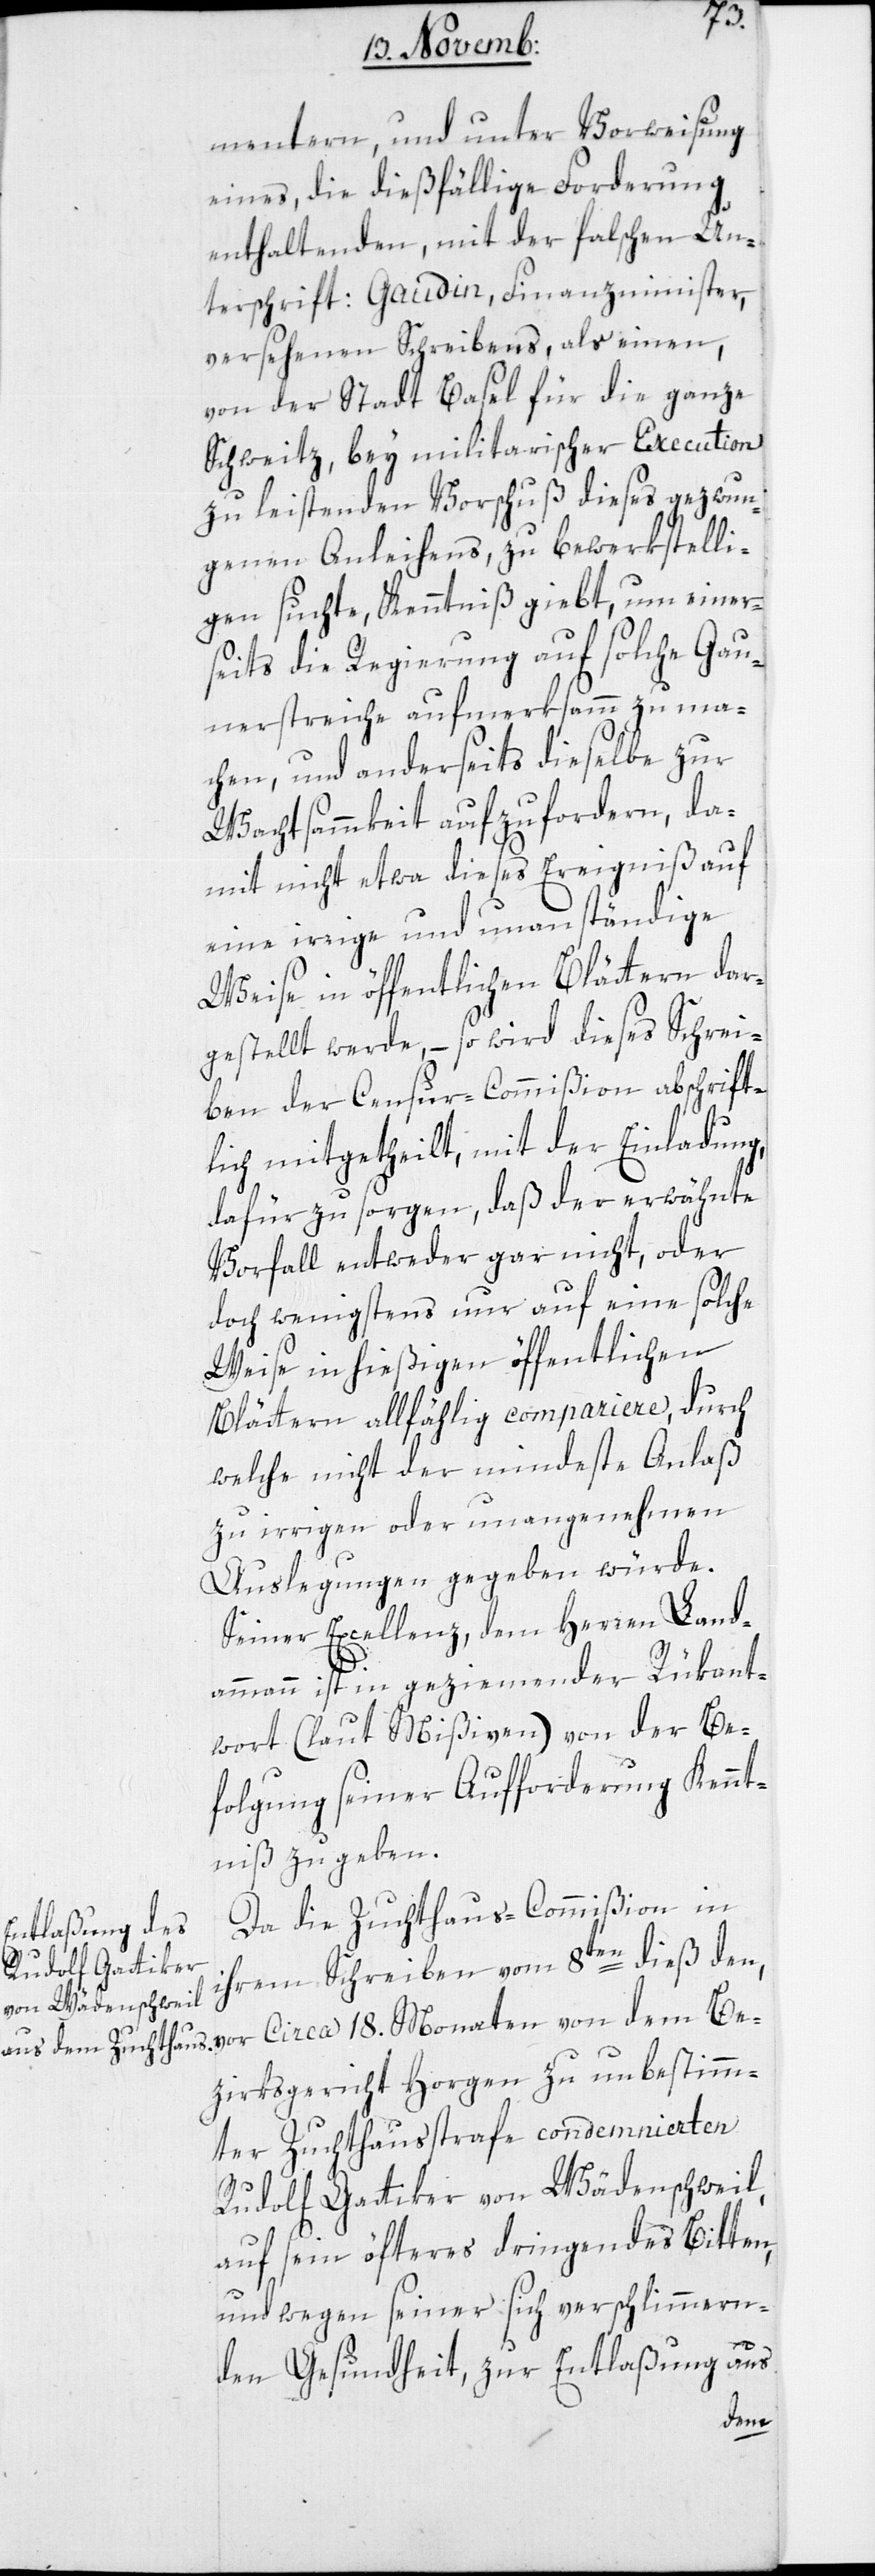
18.
mentern, und unter Vorweisung
eines, die dießfällige Forderung
enthaltenden, mit der falschen Un¬
terschrift: Gaudin, Finanzminister,
versehenen Schreibens, als einen,
von der Stadt Basel für die ganze
Schweitz, bey militarischer Execution
zu leistenden Vorschuß dieses gezwun¬
genen Anleihens zu bewerkstelli¬
gen suchte, Kenntniß gibt, um einer¬
seits die Regierung auf solche Gau¬
nerstreiche aufmerksamm zu ma¬
chen, und anderseits dieselbe zur
Wachtsammkeit aufzufordern, da¬
mit nicht etwa dieses Ereigniß auf
eine irrige und unanständige
Weise in öffentlichen Blättern dar¬
gestellt werde, – so wird dieses Schrei¬
ben der Censur-Commißion abschrift¬
lich mitgetheilt, mit der Einladung,
dafür zu sorgen, daß der erwähnte
Vorfall entweder gar nicht oder
doch wenigstens nur auf eine solche
Weise in hießigen öffentlichen
Blättern allfählig compariere, durch
welche nicht der mindeste Anlaß
zu irrigen oder unangenehmen
Auslegungen gegeben würde.
Seiner Excellenz, dem Herren Land¬
Be¬
ammann ist in geziemender Rükant¬
wort (laut Mißiven) von der Be¬
folgung seiner Aufforderung Kennt¬
niß zu geben.
Da die Zuchthauscommißion in
ihrem Schreiben vom 8ten dieß, den
zirksgericht Horgen zu unbestimm¬
ter Zuchthausstrafe condemnierten
Rudolf Gattiker von Wädenschweil,
auf sein öfteres dringendes Bitten,
und wegen seiner sich verschlimmern¬
den Gesundheit, zur Entlaßung aus
dem